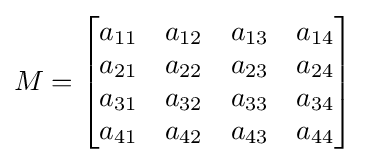
M={\begin{bmatrix}a_{11}&a_{12}&a_{13}&a_{14}\\a_{21}&a_{22}&a_{23}&a_{24}\\a_{31}&a_{32}&a_{33}&a_{34}\\a_{41}&a_{42}&a_{43}&a_{44}\\\end{bmatrix}}